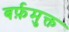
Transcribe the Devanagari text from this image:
बर्फ़मुक्त